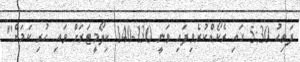
ފަތިހު 5:30 ގައި ރެކޯޑްކުރެވިފައި ވަނީ 130-140 ކިލޯމީޓަރަށް ވައި ހުރި ކަމަށް"